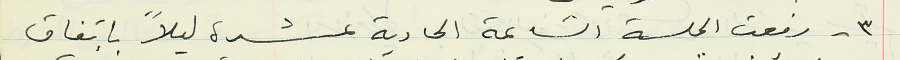
٣ - رفعت الجلسة الساعة الحادية عشرة ليلاً بإتفاق